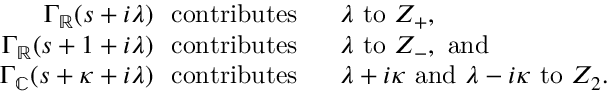
\begin{array} { r l } { \Gamma _ { \mathbb R } ( s + i \lambda ) \ \mathrm { ~ c o n t r i b u t e s ~ } \ } & { \lambda \mathrm { ~ t o ~ } Z _ { + } , } \\ { \Gamma _ { \mathbb R } ( s + 1 + i \lambda ) \ \mathrm { ~ c o n t r i b u t e s ~ } \ } & { \lambda \mathrm { ~ t o ~ } Z _ { - } , \mathrm { ~ a n d ~ } } \\ { \Gamma _ { \mathbb C } ( s + \kappa + i \lambda ) \ \mathrm { ~ c o n t r i b u t e s ~ } \ } & { \lambda + i \kappa \mathrm { ~ a n d ~ } \lambda - i \kappa \mathrm { ~ t o ~ } Z _ { 2 } . } \end{array}